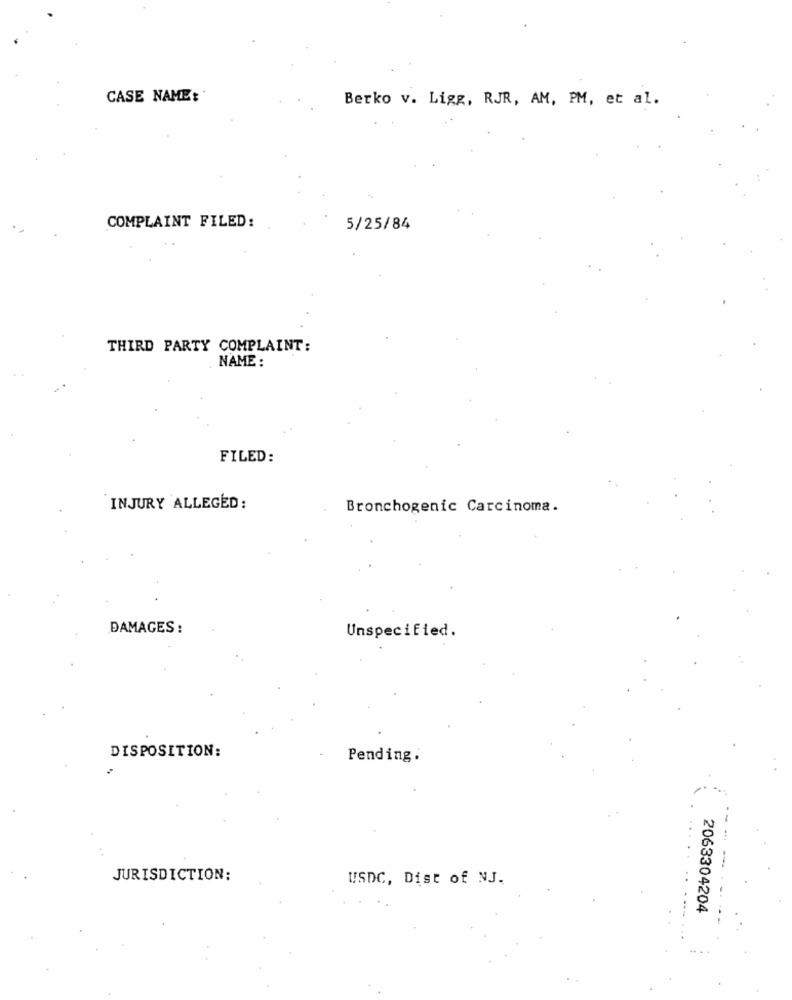
CASE NAME:'
Berko v. Ligg, RJR, AM, PM, et al.
COMPLAINT FILED:
5/25/84
THIRD PARTY COMPLAINT:
NAME :
FILED:
INJURY ALLEGED :
Bronchogenic Carcinoma.
DAMAGES:
Unspecified.
DISPOSITION:
Pending.
JURISDICTION:
USDC, Dist of NJ.
2063304204